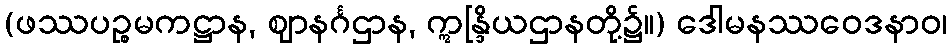
(ဖဿပဉ္စမကဋ္ဌာန, ဈာနင်္ဂဌာန, ဣန္ဒြိယဌာနတို့၌။) ဒေါမနဿဝေဒနာဝ၊